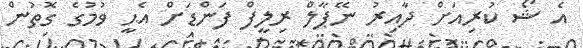
އެ ޝޯ ކުރިއަށް ދާއިރު ނޭޕާލް ރިލީފް ފަންޑަށް އެޙީ ވުމުގެ ގޮތުން